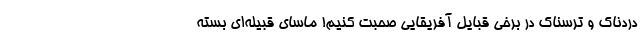
دردناک و ترسناک در برخی قبایل آفریقایی صحبت کنیم! ماسای قبیله‌ای بسته